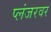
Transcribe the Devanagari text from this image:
प्लंजरवर